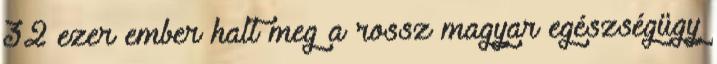
32 ezer ember halt meg a rossz magyar egészségügy